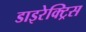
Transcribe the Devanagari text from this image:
डाइरेक्ट्रिस